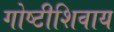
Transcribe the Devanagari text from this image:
गोष्टीशिवाय